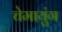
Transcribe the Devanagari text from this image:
चेमायुंग